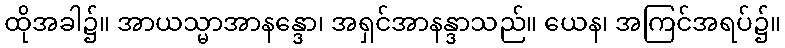
ထိုအခါ၌။ အာယသ္မာအာနန္ဒော၊ အရှင်အာနန္ဒာသည်။ ယေန၊ အကြင်အရပ်၌။